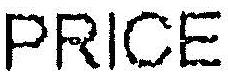
PRICE